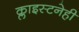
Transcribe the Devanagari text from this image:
क्लाइस्टनेही